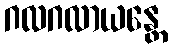
ဂလဂလာယန္တေ